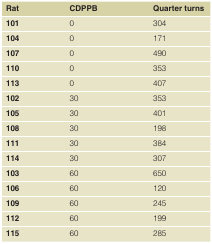
<table><thead><tr><td><b>Rat</b></td><td><b>CDPPB</b></td><td><b>Quarter turns</b></td></tr></thead><tbody><tr><td><b>101</b></td><td>0</td><td>304</td></tr><tr><td><b>104</b></td><td>0</td><td>171</td></tr><tr><td><b>107</b></td><td>0</td><td>490</td></tr><tr><td><b>110</b></td><td>0</td><td>353</td></tr><tr><td><b>113</b></td><td>0</td><td>407</td></tr><tr><td><b>102</b></td><td>30</td><td>353</td></tr><tr><td><b>105</b></td><td>30</td><td>401</td></tr><tr><td><b>108</b></td><td>30</td><td>198</td></tr><tr><td><b>111</b></td><td>30</td><td>384</td></tr><tr><td><b>114</b></td><td>30</td><td>307</td></tr><tr><td><b>103</b></td><td>60</td><td>650</td></tr><tr><td><b>106</b></td><td>60</td><td>120</td></tr><tr><td><b>109</b></td><td>60</td><td>245</td></tr><tr><td><b>112</b></td><td>60</td><td>199</td></tr><tr><td><b>115</b></td><td>60</td><td>285</td></tr></tbody></table>